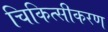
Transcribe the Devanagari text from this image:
चिकित्सीकरण